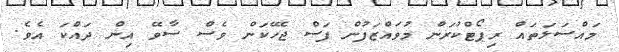
މައްސަލަތައް ރިޕޯޓްކުރަން މުވައްޒަފުން ފަސް ޖެހޭކަން ވެސް ސާވޭ އިން ދައްކަ އެވެ.